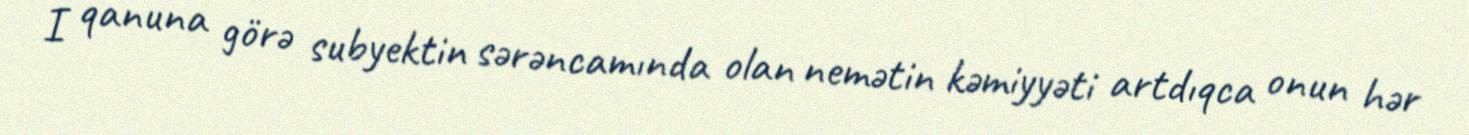
I qanuna görə subyektin sərəncamında olan nemətin kəmiyyəti artdıqca onun hər